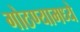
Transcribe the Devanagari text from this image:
गोठण्यामध्ये